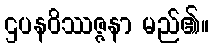
ဌပနဝိဿဇ္ဇနာ မည်၏။